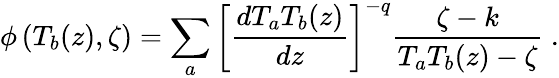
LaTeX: \phi\left(T_{b}(z),\zeta\right)=\sum_{a}\left[\frac{dT_{a}T_{b}(z)}{dz}\right]^{-q}\frac{\zeta-k}{T_{a}T_{b}(z)-\zeta}\ .